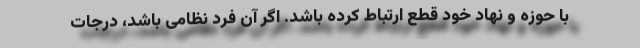
با حوزه و نهاد خود قطع ارتباط کرده باشد. اگر آن فرد نظامی باشد، درجات